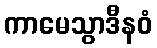
ကာမေသွာဒီနဝံ